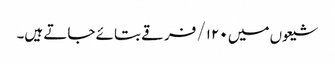
شیعوں میں ۱۲۰/ فرقے بتائے جاتے ہیں۔